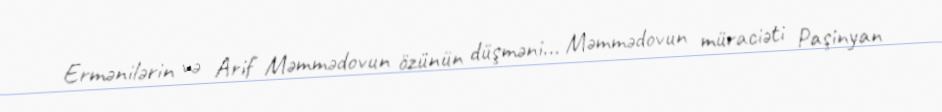
Ermənilərin və Arif Məmmədovun özünün düşməni... Məmmədovun müraciəti Paşinyan